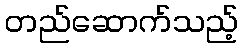
တည်ဆောက်သည့်